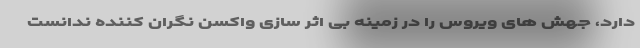
دارد، جهش های ویروس را در زمینه بی اثر سازی واکسن نگران کننده ندانست